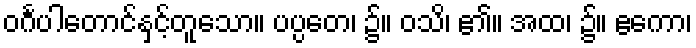
ဝင်္ဂပါတောင်နှင့်တူသော။ ပပ္ပတေ၊ ၌။ ဝသိ၊ ၏။ အထ၊ ၌။ ဧကော၊